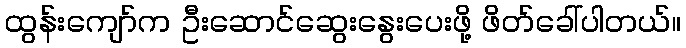
ထွန်းကျော်က ဦးဆောင်ဆွေးနွေးပေးဖို့ ဖိတ်ခေါ်ပါတယ်။